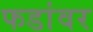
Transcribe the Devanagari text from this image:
फडांवर